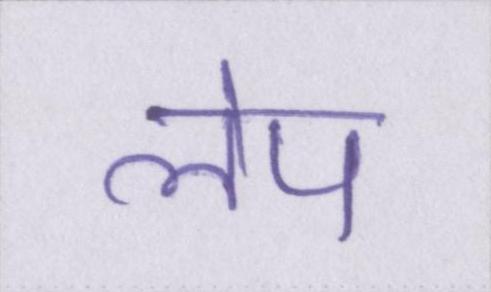
लेप